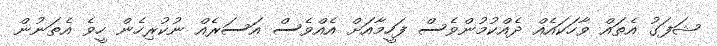
ޝަފަގު އެތައް ވާހަކައެއް ދެއްކުމުންވެސް ފަހީމާއަށް އެއްވެސް އަސަރެއް ނުކުރިހެން ހީވެ އެތަނުން